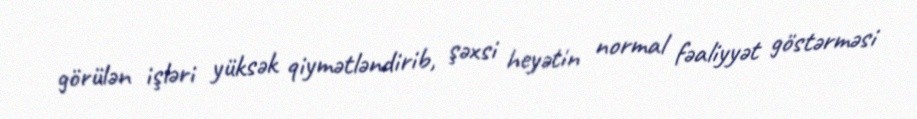
görülən işləri yüksək qiymətləndirib, şəxsi heyətin normal fəaliyyət göstərməsi